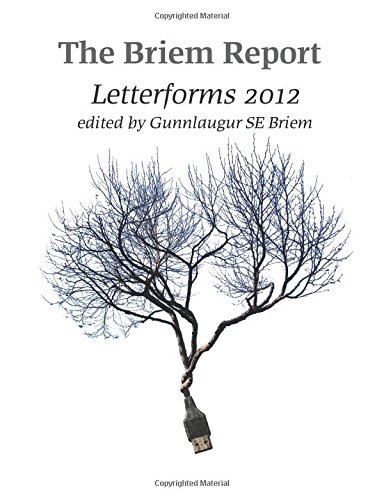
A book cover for The Briem Report: Letterforms 2012; Gunnlaugur SE Briem; Arts & Photography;